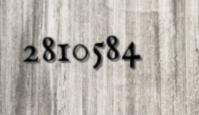
2810584